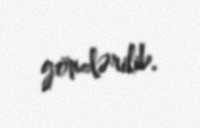
göndərilib.